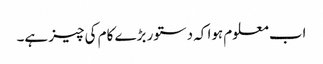
اب معلوم ہوا کہ دستور بڑے کام کی چیز ہے۔